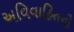
અવિવાહિતની